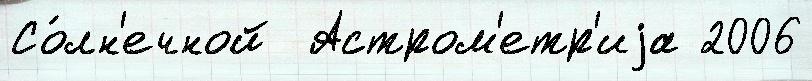
Со́лн'ечной  Астром'етр'иjа 2006